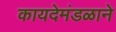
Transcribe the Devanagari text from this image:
कायदेमंडळाने